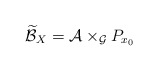
\begin{align*}\widetilde{\mathcal{B}}_{X}=\mathcal{A}\times_{\mathcal{G}}P_{x_{0}} \end{align*}